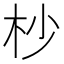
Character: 杪